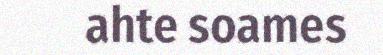
ahte soames